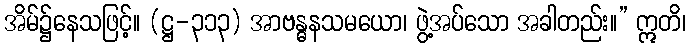
အိမ်၌နေသဖြင့်။ (ဋ္ဌ-၃၁၃) အာဗန္ဓနသမယော၊ ဖွဲ့အပ်သော အခါတည်း။” ဣတိ၊